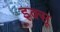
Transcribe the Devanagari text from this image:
इक्सू